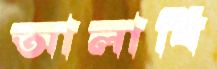
আলাবি